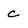
Character: c